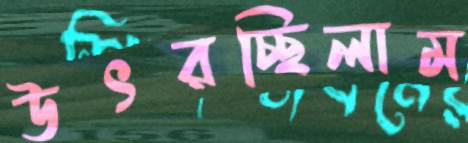
উৎরচ্ছিলাম